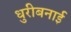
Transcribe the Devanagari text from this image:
धुरीबनाई